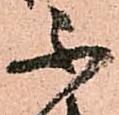
不